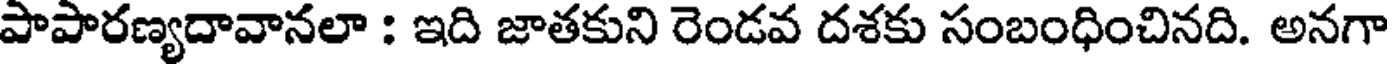
పాపారణ్యదావానలా : ఇది జాతకుని రెండవ దశకు సంబంధించినది. అనగా